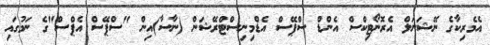
އެމެރިކާގެ ނޭޝަނަލް އެރޮނޯޓިކްސް އެންޑް ސްޕޭސް އެޑްމިނިސްޓްރޭޝަން (ނާސާ)އިން "ސްޕޭސް އެޕްސް"ގެ ނަމުގައި